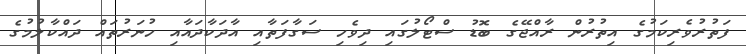
ފަތުރުވެރިކަމުގެ އިތުރުން ރާއްޖޭގެ ބޮޑު ސްޓޯލުގައި ދިވެހި ސަގާފަތާއި އާދަކާދައާއި ހުނަރުތައް ދައްކާލުމުގެ